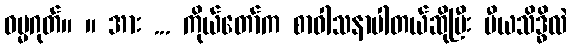
ဓမ္မဂုတ်။ ။ အား ... ကိုယ်တော်က စာဝါသနာပါတယ်ဆိုပြီး ပီယသိဒ္ဓိလဲ